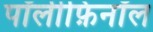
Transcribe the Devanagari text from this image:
पॉलीफ़िनॉल